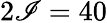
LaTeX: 2\mathscr{I}=40